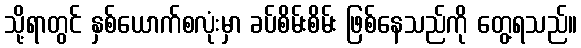
သို့ရာတွင် နှစ်ယောက်စလုံးမှာ ခပ်စိမ်းစိမ်း ဖြစ်နေသည်ကို တွေ့ရသည်။